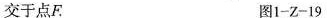
交于点F. 图1-Z-19